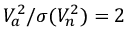
V _ { a } ^ { 2 } / \sigma ( V _ { n } ^ { 2 } ) = 2